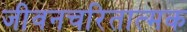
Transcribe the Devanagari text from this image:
जीवनचरितात्मक